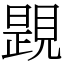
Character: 𧡰